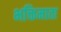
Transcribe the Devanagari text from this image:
भक्तिमाता